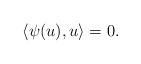
LaTeX: \begin{align*}\langle\psi(u),u\rangle=0.\end{align*}